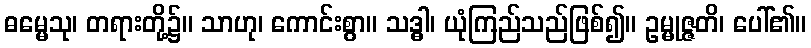
ဓမ္မေသု၊ တရားတို့၌။ သာဟု၊ ကောင်းစွာ။ သဒ္ဓါ၊ ယုံကြည်သည်ဖြစ်၍။ ဥမ္မုဇ္ဇတိ၊ ပေါ်၏။